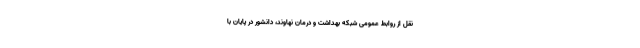
نقل از روابط عمومی شبکه بهداشت و درمان نهاوند، دانشور در پایان با